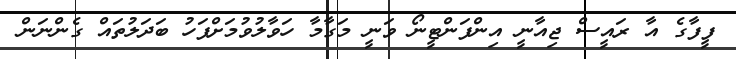
ފީފާގެ އާ ރައީސް ޖިއާނީ އިންފަންޓީނޯ ވަނީ މަގާމާ ހަވާލުވުމަށްފަހު ބަދަލުތައް ގެންނަން